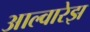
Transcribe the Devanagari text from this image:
आल्वारेझ